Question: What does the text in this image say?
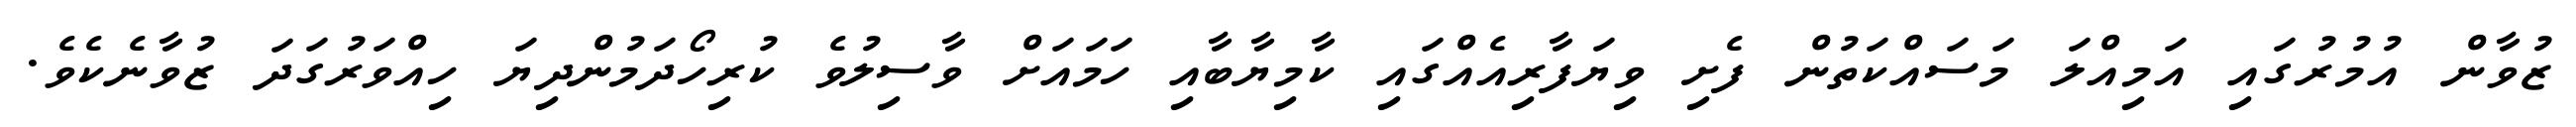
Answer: ޒުވާން އުމުރުގައި އަމިއްލަ މަސައްކަތުން ފެށި ވިޔަފާރިއެއްގައި ކާމިޔާބާއި ހަމައަށް ވާސިލުވެ ކުރިހޯދަމުންދިޔަ ހިއްވަރުގަދަ ޒުވާނެކެވެ.